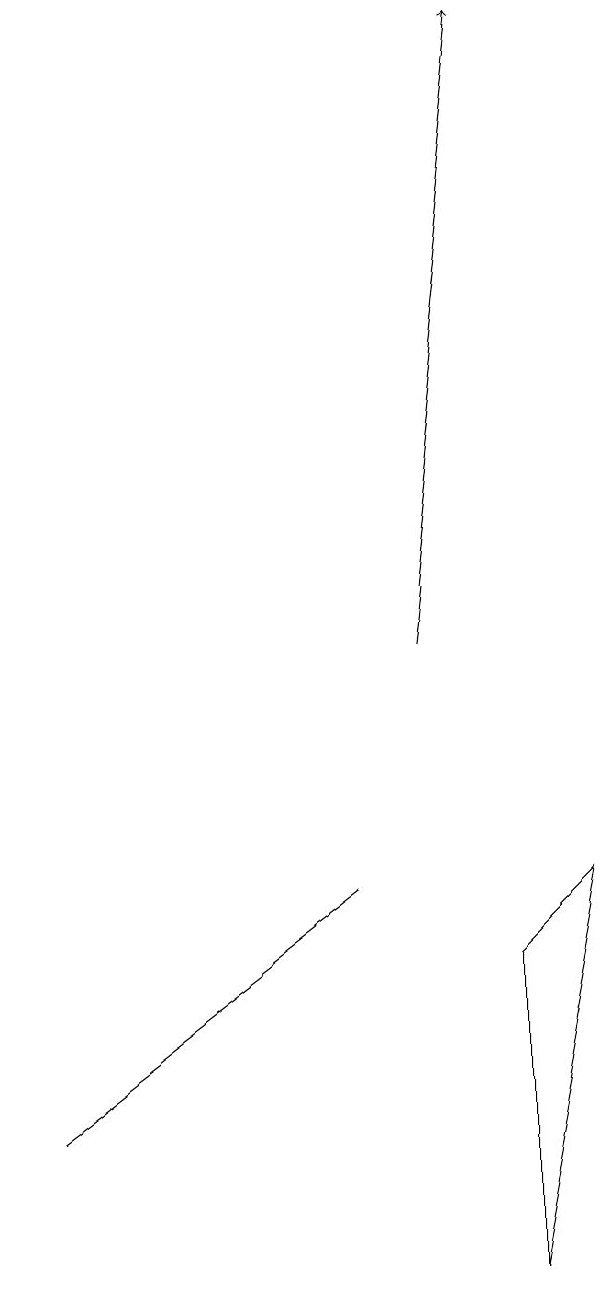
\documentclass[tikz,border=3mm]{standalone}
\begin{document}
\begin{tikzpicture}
\draw (2,5) -- (6,8) -- (6,8) -- cycle;
\draw[->] (7,11) -- (8,19);
\draw (8,3) -- (9,8) -- (8,7) -- cycle;
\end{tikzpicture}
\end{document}